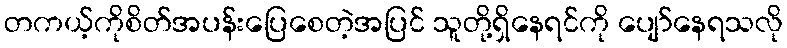
တကယ့်ကိုစိတ်အပန်းပြေစေတဲ့အပြင် သူတို့ရှိနေရင်ကို ပျော်နေရသလို